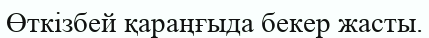
Өткізбей қараңғыда бекер жасты.